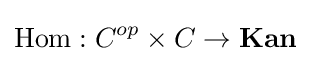
\operatorname {Hom} :C^{op}\times C\to {\textbf {Kan}}